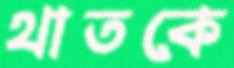
থাতকে